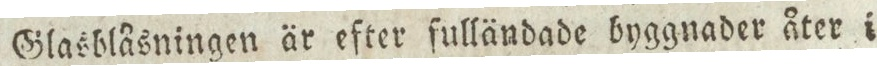
Glasblåsningen är efter fulländade byggnader åter i